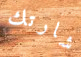
شارتك